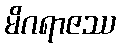
မိဂရာဇဿ